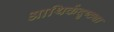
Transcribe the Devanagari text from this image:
आथिर्कदृष्ट्या